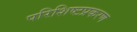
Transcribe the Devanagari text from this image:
परिशिष्टप्रकरण